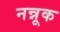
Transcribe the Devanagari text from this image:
नन्नूक